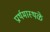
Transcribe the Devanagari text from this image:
प्रार्थमास्थळे